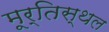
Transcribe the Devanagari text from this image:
मूर्तिस्थल